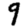
Digit: 9